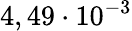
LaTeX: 4,49\cdot 10^{-3}